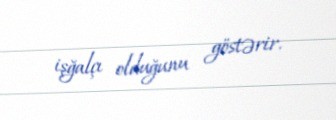
işğalçı olduğunu göstərir.